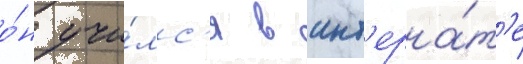
о́н учи́лс'я в инт'ерна́т'е